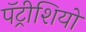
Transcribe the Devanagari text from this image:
पॅट्रीशियो